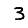
Digit: 3